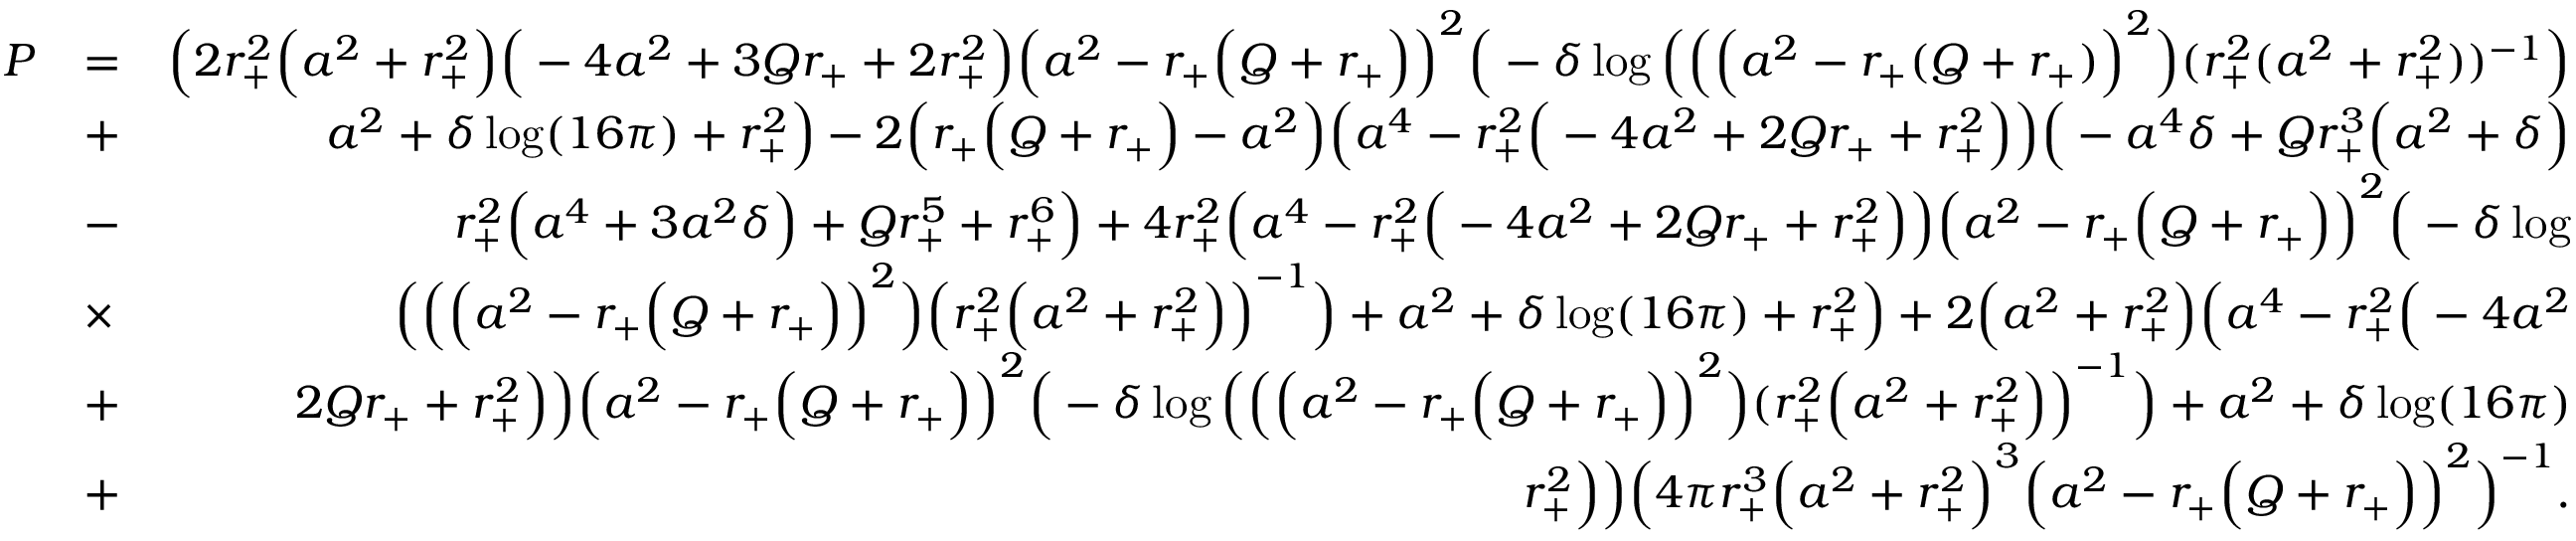
\begin{array} { r l r } { P } & { = } & { \Big ( 2 r _ { + } ^ { 2 } \Big ( a ^ { 2 } + r _ { + } ^ { 2 } \Big ) \Big ( - 4 a ^ { 2 } + 3 Q r _ { + } + 2 r _ { + } ^ { 2 } \Big ) \Big ( a ^ { 2 } - r _ { + } \Big ( Q + r _ { + } \Big ) \Big ) ^ { 2 } \Big ( - \delta \log \Big ( \Big ( \Big ( a ^ { 2 } - r _ { + } ( Q + r _ { + } ) \Big ) ^ { 2 } \Big ) ( r _ { + } ^ { 2 } ( a ^ { 2 } + r _ { + } ^ { 2 } ) ) ^ { - 1 } \Big ) } \\ & { + } & { a ^ { 2 } + \delta \log ( 1 6 \pi ) + r _ { + } ^ { 2 } \Big ) - 2 \Big ( r _ { + } \Big ( Q + r _ { + } \Big ) - a ^ { 2 } \Big ) \Big ( a ^ { 4 } - r _ { + } ^ { 2 } \Big ( - 4 a ^ { 2 } + 2 Q r _ { + } + r _ { + } ^ { 2 } \Big ) \Big ) \Big ( - a ^ { 4 } \delta + Q r _ { + } ^ { 3 } \Big ( a ^ { 2 } + \delta \Big ) } \\ & { - } & { r _ { + } ^ { 2 } \Big ( a ^ { 4 } + 3 a ^ { 2 } \delta \Big ) + Q r _ { + } ^ { 5 } + r _ { + } ^ { 6 } \Big ) + 4 r _ { + } ^ { 2 } \Big ( a ^ { 4 } - r _ { + } ^ { 2 } \Big ( - 4 a ^ { 2 } + 2 Q r _ { + } + r _ { + } ^ { 2 } \Big ) \Big ) \Big ( a ^ { 2 } - r _ { + } \Big ( Q + r _ { + } \Big ) \Big ) ^ { 2 } \Big ( - \delta \log } \\ & { \times } & { \Big ( \Big ( \Big ( a ^ { 2 } - r _ { + } \Big ( Q + r _ { + } \Big ) \Big ) ^ { 2 } \Big ) \Big ( r _ { + } ^ { 2 } \Big ( a ^ { 2 } + r _ { + } ^ { 2 } \Big ) \Big ) ^ { - 1 } \Big ) + a ^ { 2 } + \delta \log ( 1 6 \pi ) + r _ { + } ^ { 2 } \Big ) + 2 \Big ( a ^ { 2 } + r _ { + } ^ { 2 } \Big ) \Big ( a ^ { 4 } - r _ { + } ^ { 2 } \Big ( - 4 a ^ { 2 } } \\ & { + } & { 2 Q r _ { + } + r _ { + } ^ { 2 } \Big ) \Big ) \Big ( a ^ { 2 } - r _ { + } \Big ( Q + r _ { + } \Big ) \Big ) ^ { 2 } \Big ( - \delta \log \Big ( \Big ( \Big ( a ^ { 2 } - r _ { + } \Big ( Q + r _ { + } \Big ) \Big ) ^ { 2 } \Big ) ( r _ { + } ^ { 2 } \Big ( a ^ { 2 } + r _ { + } ^ { 2 } \Big ) \Big ) ^ { - 1 } \Big ) + a ^ { 2 } + \delta \log ( 1 6 \pi ) } \\ & { + } & { r _ { + } ^ { 2 } \Big ) \Big ) \Big ( 4 \pi r _ { + } ^ { 3 } \Big ( a ^ { 2 } + r _ { + } ^ { 2 } \Big ) ^ { 3 } \Big ( a ^ { 2 } - r _ { + } \Big ( Q + r _ { + } \Big ) \Big ) ^ { 2 } \Big ) ^ { - 1 } . } \end{array}